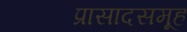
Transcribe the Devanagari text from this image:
प्रासादसमूह